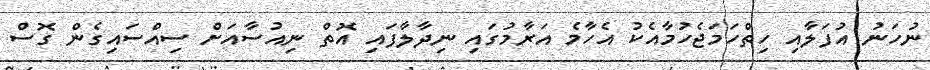
ނުހަނު އުފަލާއި ހިތްހަމަޖެހުމާއެކު އެހާމެ އަރާމުގައި ނިދާލާފައި އޮތް ނިއުސާއަށް ސިއްސައިގެން ގޮސް